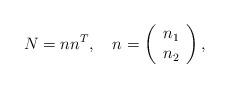
LaTeX: \begin{align*}N=n n^T,\quad n=\left(\begin{array}{c}n_1\\n_2\\\end{array}\right),\end{align*}